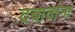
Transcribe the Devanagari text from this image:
दबावांना